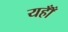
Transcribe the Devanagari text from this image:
यहाँँ